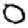
Digit: 0